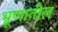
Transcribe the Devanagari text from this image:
भ्रूणातील